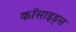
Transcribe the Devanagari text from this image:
कॉसाइड्स